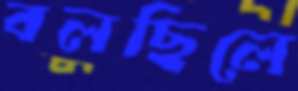
বলছিলে